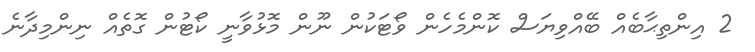
2 އިންތިޙާބެއް ބޭއްވިޔަސް ކޮންމެހެން ވޯޓަކުން ނޫން މޮޅުވާނީ ކޯޓުން ގޮތެއް ނިންމިދާނެ